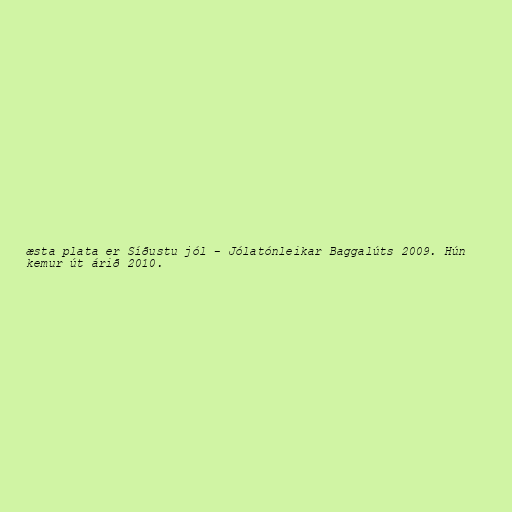
æsta plata er Síðustu jól - Jólatónleikar Baggalúts 2009. Hún
kemur út árið 2010.